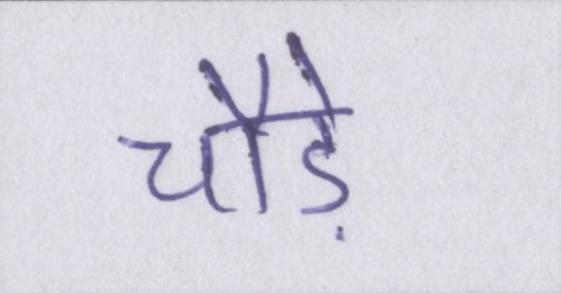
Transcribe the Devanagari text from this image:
चौड़े